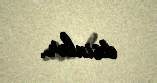
etsinlər.